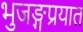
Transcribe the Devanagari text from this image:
भुजङ्गप्रयात